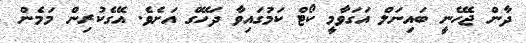
ދާން ޖެހޭނީ ބައިނަލް އަގަވާމީ ކޯޓް ކަމުގައިވާ ދަހޭގް އަށެވެ. އޭގެކުރިން މަމެން